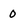
Character: 0